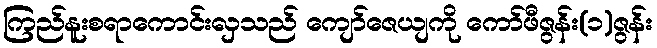
ကြည်နူးစရာကောင်းလှသည် ကျော်ဇေယျကို ကော်ဖီဇွန်း(၁)ဇွန်း